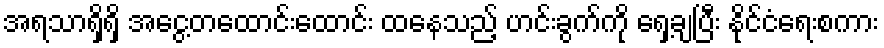
အရသာရှိရှိ အငွေ့တထောင်းထောင်း ထနေသည့် ဟင်းခွက်ကို ရှေ့ချပြီး နိုင်ငံရေးစကား